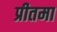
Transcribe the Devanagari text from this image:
प्रीतमा